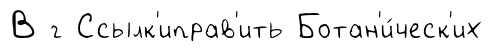
В г Ссылк'иправ'ить Ботан'и́ческ'их